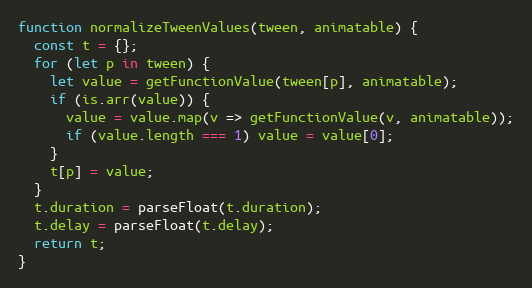
Language: JavaScript
function normalizeTweenValues(tween, animatable) {
  const t = {};
  for (let p in tween) {
    let value = getFunctionValue(tween[p], animatable);
    if (is.arr(value)) {
      value = value.map(v => getFunctionValue(v, animatable));
      if (value.length === 1) value = value[0];
    }
    t[p] = value;
  }
  t.duration = parseFloat(t.duration);
  t.delay = parseFloat(t.delay);
  return t;
}